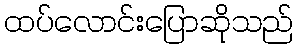
ထပ်လောင်းပြောဆိုသည်